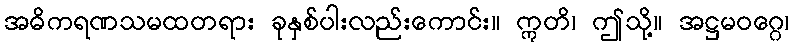
အဓိကရဏသမထတရား ခုနှစ်ပါးလည်းကောင်း။ ဣတိ၊ ဤသို့။ အဋ္ဌမဝဂ္ဂေ၊